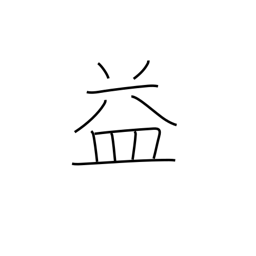
Meaning: benefit